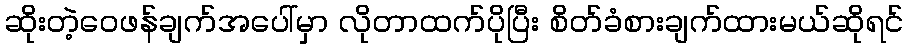
ဆိုးတဲ့ဝေဖန်ချက်အပေါ်မှာ လိုတာထက်ပိုပြီး စိတ်ခံစားချက်ထားမယ်ဆိုရင်